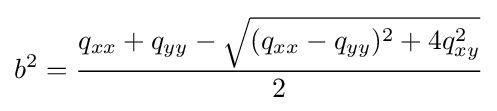
b^{2}={\frac {q_{xx}+q_{yy}-{\sqrt {(q_{xx}-q_{yy})^{2}+4q_{xy}^{2}}}}{2}}